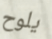
يلوح